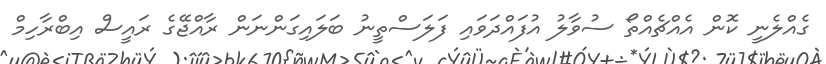
ގެއްލެނީ ކޮން އެއްޗެއްތޯ ސުވާލު އުފައްދަވައި ފަލަސްތީނު ބަލައިގަންނަން ރާއްޖޭގެ ރައީސް އިބްރާހިމް